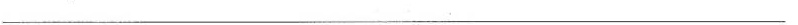
___